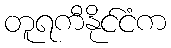
တူရကီနိုင်ငံက